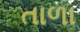
તાળા